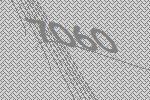
7060